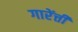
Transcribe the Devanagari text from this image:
गारेंत्ती